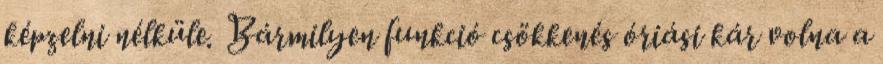
képzelni nélküle. Bármilyen funkció csökkenés óriási kár volna a